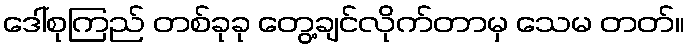
ဒေါ်စုကြည် တစ်ခုခု တွေ့ချင်လိုက်တာမှ သေမ တတ်။